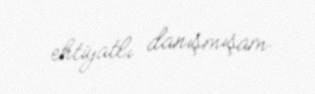
ehtiyatlı danışmışam.